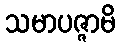
သမာပဇ္ဇာမိ